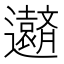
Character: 𮟧